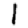
Digit: 1